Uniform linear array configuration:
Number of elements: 4
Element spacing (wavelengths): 0.75
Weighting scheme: hamming
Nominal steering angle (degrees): -15
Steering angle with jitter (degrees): -13.914
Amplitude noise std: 0.05
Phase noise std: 0.05

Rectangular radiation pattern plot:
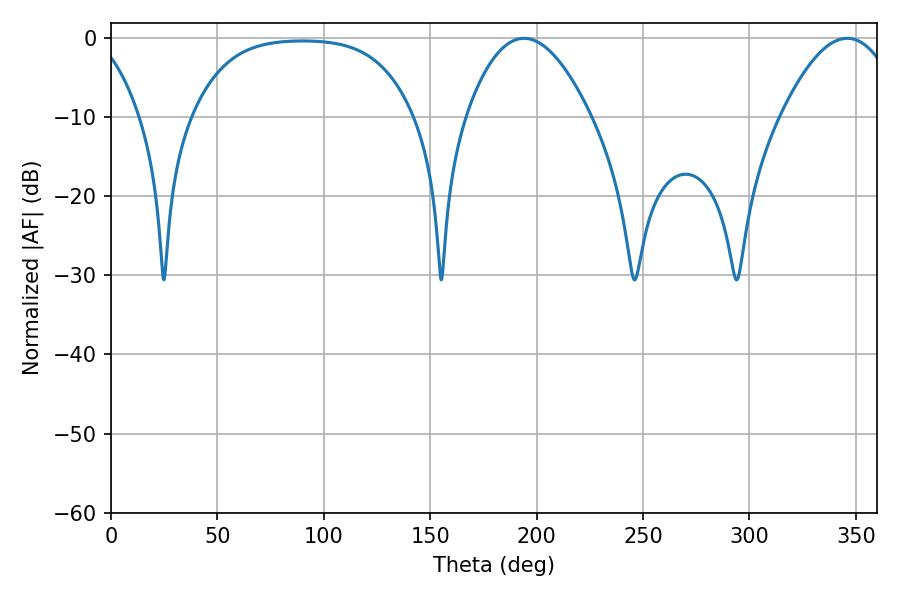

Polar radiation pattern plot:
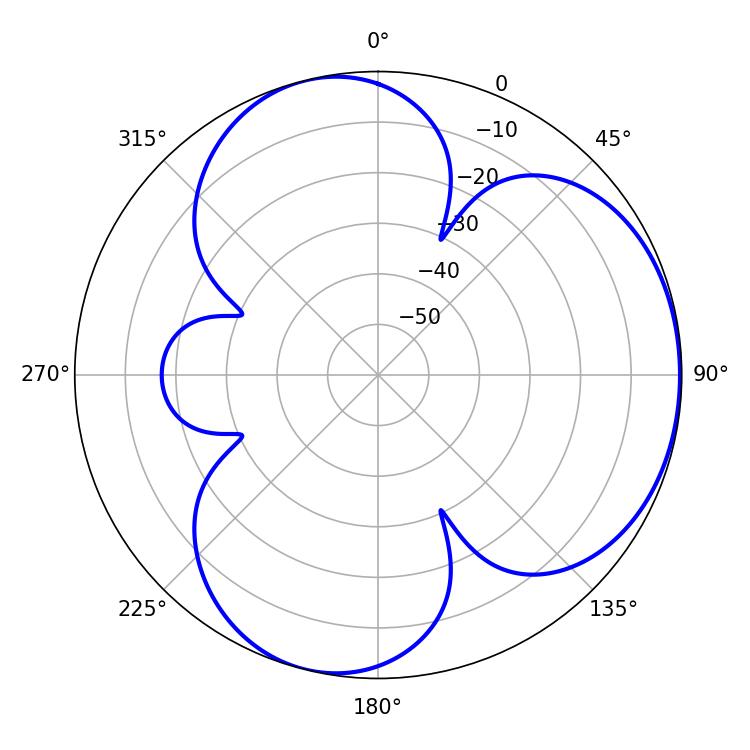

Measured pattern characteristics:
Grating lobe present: TRUE
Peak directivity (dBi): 4.349
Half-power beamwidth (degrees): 32.22
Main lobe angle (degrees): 194.04